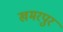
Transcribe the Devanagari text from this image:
खमरपुर